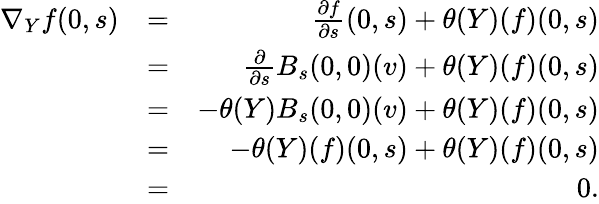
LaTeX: \begin{array}{rlr}{\nabla_{Y}f(0,s)}&{=}&{\frac{\partial f}{\partial s}(0,s)+\theta(Y)(f)(0,s)}\\ &{=}&{\frac{\partial}{\partial s}B_{s}(0,0)(v)+\theta(Y)(f)(0,s)}\\ &{=}&{-\theta(Y)B_{s}(0,0)(v)+\theta(Y)(f)(0,s)}\\ &{=}&{-\theta(Y)(f)(0,s)+\theta(Y)(f)(0,s)}\\ &{=}&{0.}\end{array}